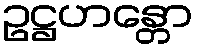
ဥဋ္ဌဟန္တော